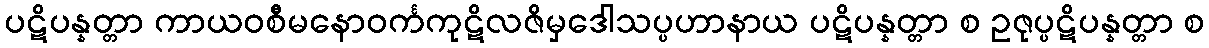
ပဋိပန္နတ္တာ ကာယဝစီမနောဝင်္ကကုဋိလဇိမှဒေါသပ္ပဟာနာယ ပဋိပန္နတ္တာ စ ဥဇုပ္ပဋိပန္နတ္တာ စ